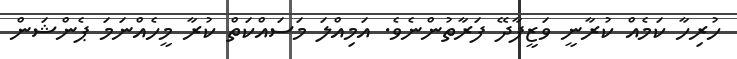
ހުރިހާ ކަމެއް ކުރާނީ ވަޒީފާދޭ ފަރާތުންނެވެ. އަމިއްލަ މަސައްކަތް ކުރާ މީހެއްނަމަ ޕެންޝަން